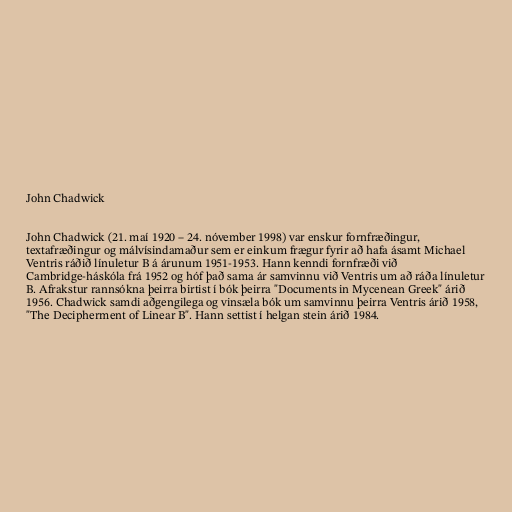
John Chadwick

John Chadwick (21. maí 1920 – 24. nóvember 1998) var enskur fornfræðingur,
textafræðingur og málvísindamaður sem er einkum frægur fyrir að hafa ásamt Michael
Ventris ráðið línuletur B á árunum 1951-1953. Hann kenndi fornfræði við
Cambridge-háskóla frá 1952 og hóf það sama ár samvinnu við Ventris um að ráða línuletur
B. Afrakstur rannsókna þeirra birtist í bók þeirra "Documents in Mycenean Greek" árið
1956. Chadwick samdi aðgengilega og vinsæla bók um samvinnu þeirra Ventris árið 1958,
"The Decipherment of Linear B". Hann settist í helgan stein árið 1984.